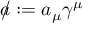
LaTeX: a \! \! \! / : = a _ { \mu } \gamma ^ { \mu }